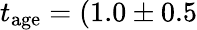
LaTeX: t_{\mathrm{age}}=(1.0\pm 0.5